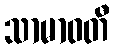
သာမာဝတီ